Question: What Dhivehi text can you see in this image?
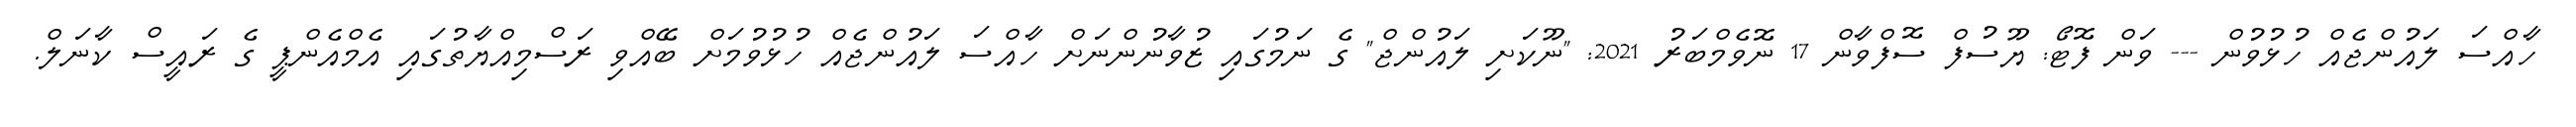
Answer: ހާއްސަ ލައުންޖެއް ހުޅުވުން --- ވަން ފޮޓޯ: ޔޫސުފް ސޮފްވާން 17 ނޮވެމްބަރު 2021: "ނޫކަށި ލައުންޖް" ގެ ނަމުގައި ޒުވާނުންނަށް ހާއްސަ ލައުންޖެއް ހުޅުވުމަށް ބޭއްވި ރަސްމިއްޔާތުގައި އެމްއެންޕީ ގެ ރައީސް ކާނަލް.